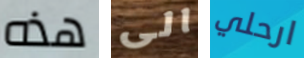
هذه الى ارحلي